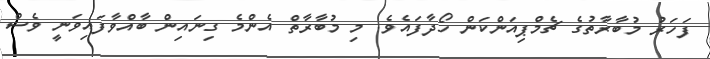
ފަހަރު މުބާރާތުގެ ޗެމްޕިއަންކަން ހޯދާފައެވެ. މި މުބާރާތް އެންމެ ގިނައިން ބާއްވާފައިވަނީ ވެސް